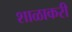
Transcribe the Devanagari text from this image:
शाळाकरी